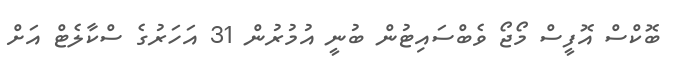
ބޮކްސް އޮފީސް މޯޖޯ ވެބްސައިޓުން ބުނީ އުމުރުން 31 އަހަރުގެ ސްކާލެޓް އަށް